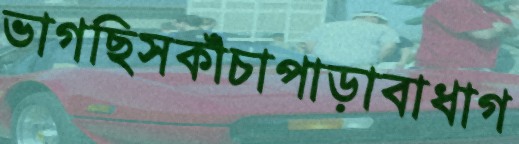
ভাগছিসকাঁচাপাড়াবাধাগ